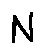
N